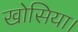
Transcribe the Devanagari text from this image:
खोसिया।